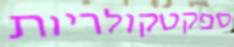
ספקטקולריות